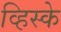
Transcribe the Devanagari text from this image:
व्हिस्के